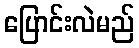
ပြောင်းလဲမည်